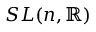
S L ( n , \mathbb { R } )